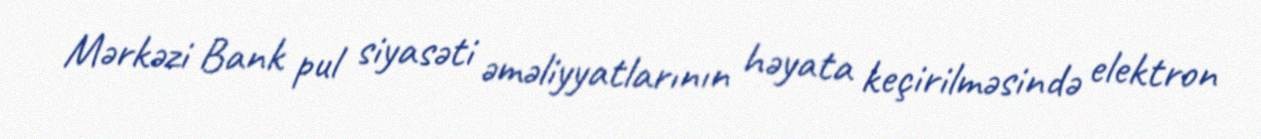
Mərkəzi Bank pul siyasəti əməliyyatlarının həyata keçirilməsində elektron